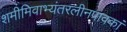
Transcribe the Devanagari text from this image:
शमीमिवाभ्यंतरलीनपावकां